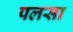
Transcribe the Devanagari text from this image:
पलसा